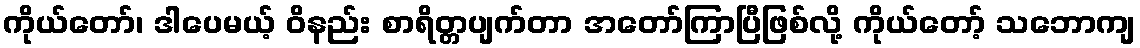
ကိုယ်တော်၊ ဒါပေမယ့် ဝိနည်း စာရိတ္တပျက်တာ အတော်ကြာပြီဖြစ်လို့ ကိုယ်တော့် သဘောကျ